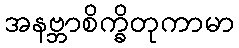
အနဗ္ဘာစိက္ခိတုကာမာ